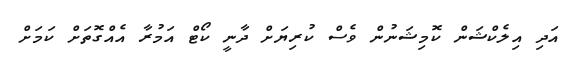
އަދި އިލެކްޝަން ކޮމިޝަނުން ވެސް ކުރިޔަށް ދާނީ ކޯޓް އަމުރާ އެއްގޮތަށް ކަމަށް